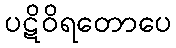
ပဋိဝိရတောပေ